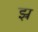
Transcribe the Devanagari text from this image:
झ्र